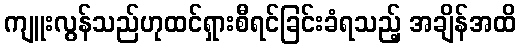
ကျူးလွန်သည်ဟုထင်ရှားစီရင်ခြင်းခံရသည့် အချိန်အထိ